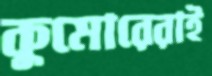
কুমোরেরাই